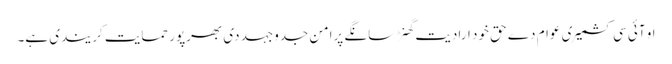
او آئی سی کشمیری عوام دے حق خود ارادیت گھنڑ سانگے پرامن جدوجہد دی بھرپور حمایت کریندی ہے۔